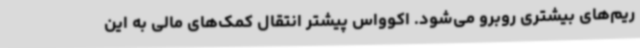
ریم‌های بیشتری روبرو می‌شود. اکوواس پیشتر انتقال کمک‌های مالی به این